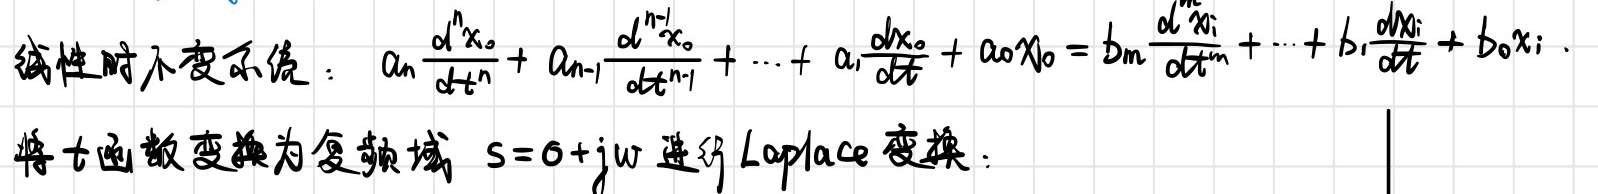
线性时不变系统：$a_n\frac{d^n x_o}{dt^n} + a_{n - 1}\frac{d^{n - 1}x_o}{dt^{n - 1}} + \cdots + a_1\frac{dx_o}{dt} + a_0x_o = b_m\frac{d^m x_i}{dt^m} + \cdots + b_1\frac{dx_i}{dt} + b_0x_i$。

将$t$函数变换为复频域 $s = \sigma + j\omega$ 进行 Laplace 变换：